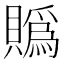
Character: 䞈